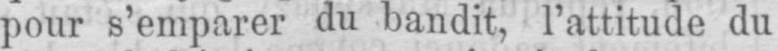
pour s’emparer du bandit, l’attitude du